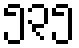
၅၃၅